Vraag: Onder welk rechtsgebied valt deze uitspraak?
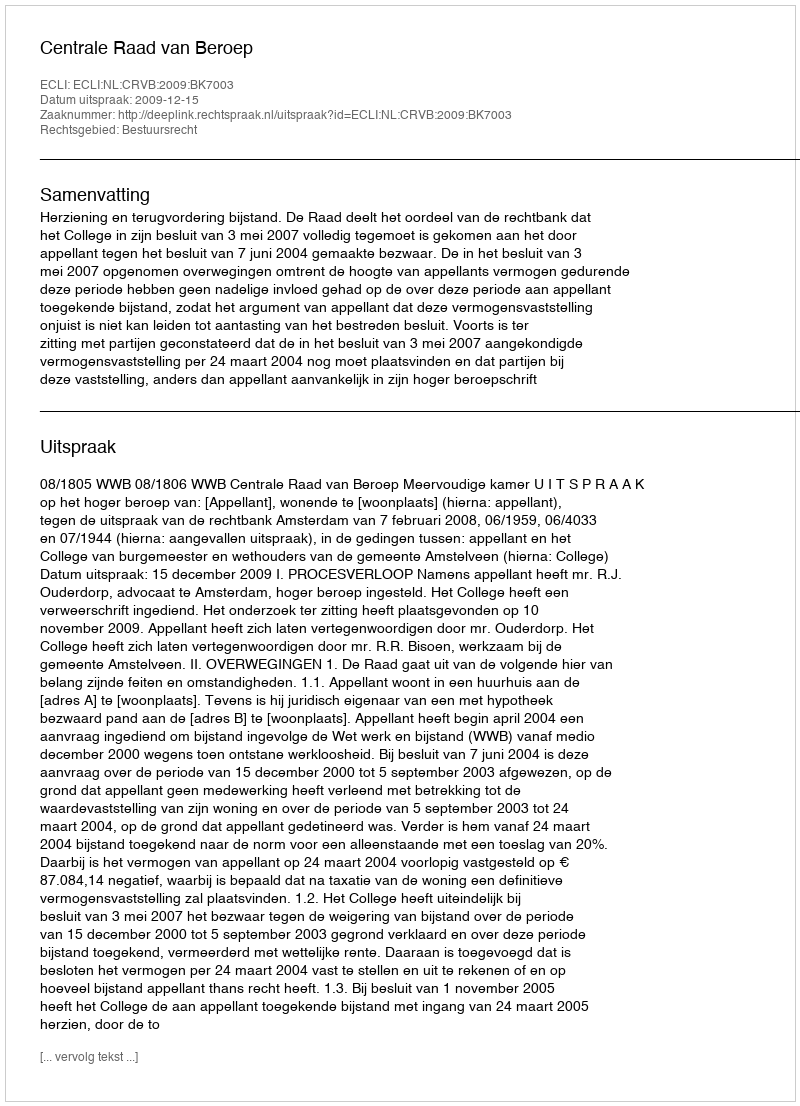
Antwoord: Bestuursrecht